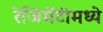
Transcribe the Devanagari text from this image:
रेजिमेंटीमध्ये